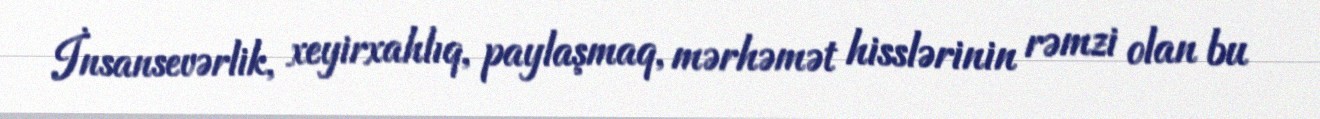
İnsansevərlik, xeyirxahlıq, paylaşmaq, mərhəmət hisslərinin rəmzi olan bu